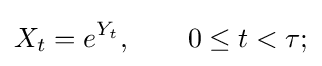
X_{t}=e^{Y_{t}},\qquad 0\leq t<\tau ;